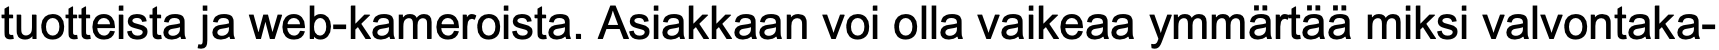
tuotteista ja web-kameroista. Asiakkaan voi olla vaikeaa ymmärtää miksi valvontaka-